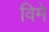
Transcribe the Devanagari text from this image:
विमे